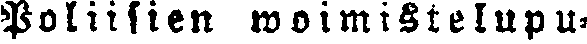
Poliisien woimistelupu-